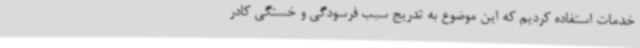
خدمات استفاده کردیم که این موضوع به تدریج سبب فرسودگی و خستگی کادر